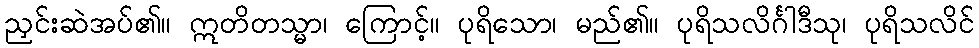
ညှင်းဆဲအပ်၏။ ဣတိတသ္မာ၊ ကြောင့်။ ပုရိသော၊ မည်၏။ ပုရိသလိင်္ဂါဒီသု၊ ပုရိသလိင်